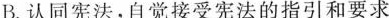
B.认同宪法，自觉接受宪法的指引和要求